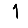
Digit: 1